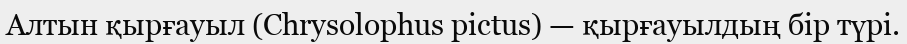
Алтын қырғауыл (Chrysolophus pictus) — қырғауылдың бір түрі.